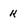
Character: k